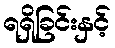
ရရှိခြင်းနှင့်